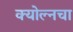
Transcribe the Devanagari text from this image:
क्योल्नचा